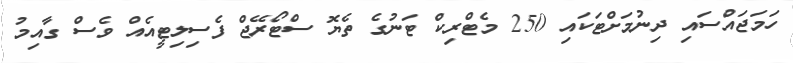
ހަމަޖައްސައި ދިނުމަށްޓަކައި 250 މެޓްރިކް ޓަނުގެ ތެޔޮ ސްޓޯރޭޖް ފެސިލިޓީއެއް ވެސް ގާއިމު